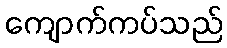
ကျောက်ကပ်သည်